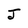
Character: J